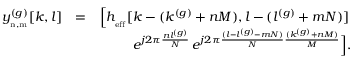
\begin{array} { r l r } { y _ { _ { \mathrm { \footnotesize { n , m } } } } ^ { ( g ) } [ k , l ] } & { = } & { { \Big [ } h _ { _ { \mathrm { \scriptsize { e f f } } } } [ k - ( k ^ { ( g ) } + n M ) , l - ( l ^ { ( g ) } + m N ) ] \, } \\ & { } & { \, \, \, e ^ { j 2 \pi \frac { n l ^ { ( g ) } } { N } } \, e ^ { j 2 \pi \frac { ( l - l ^ { ( g ) } - m N ) } { N } \frac { ( k ^ { ( g ) } + n M ) } { M } } { \Big ] } . } \end{array}